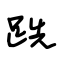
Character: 跣